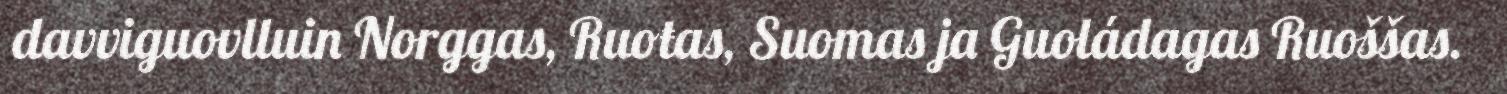
davviguovlluin Norggas, Ruoŧas, Suomas ja Guoládagas Ruoššas.